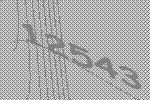
12543